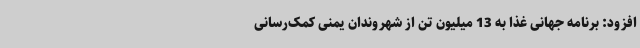
افزود: برنامه جهانی غذا به 13 میلیون تن از شهروندان یمنی کمک‌رسانی